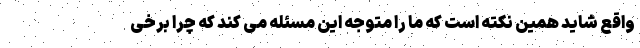
واقع شاید همین نکته است که ما را متوجه این مسئله می کند که چرا برخی